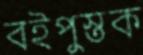
বইপুস্তক